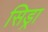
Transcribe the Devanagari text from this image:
सिड्रा